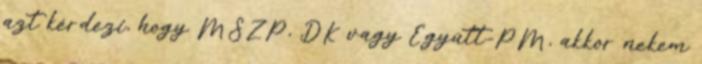
azt kérdezi, hogy MSZP, DK vagy Együtt-PM, akkor nekem